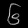
Digit: ၆